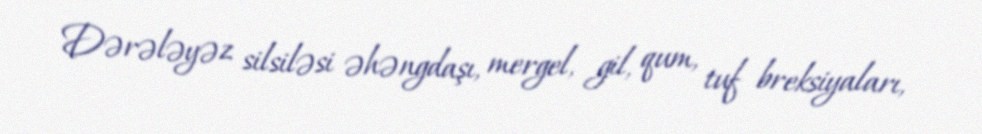
Dərələyəz silsiləsi əhəngdaşı, mergel, gil, qum, tuf breksiyaları,